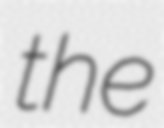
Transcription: the